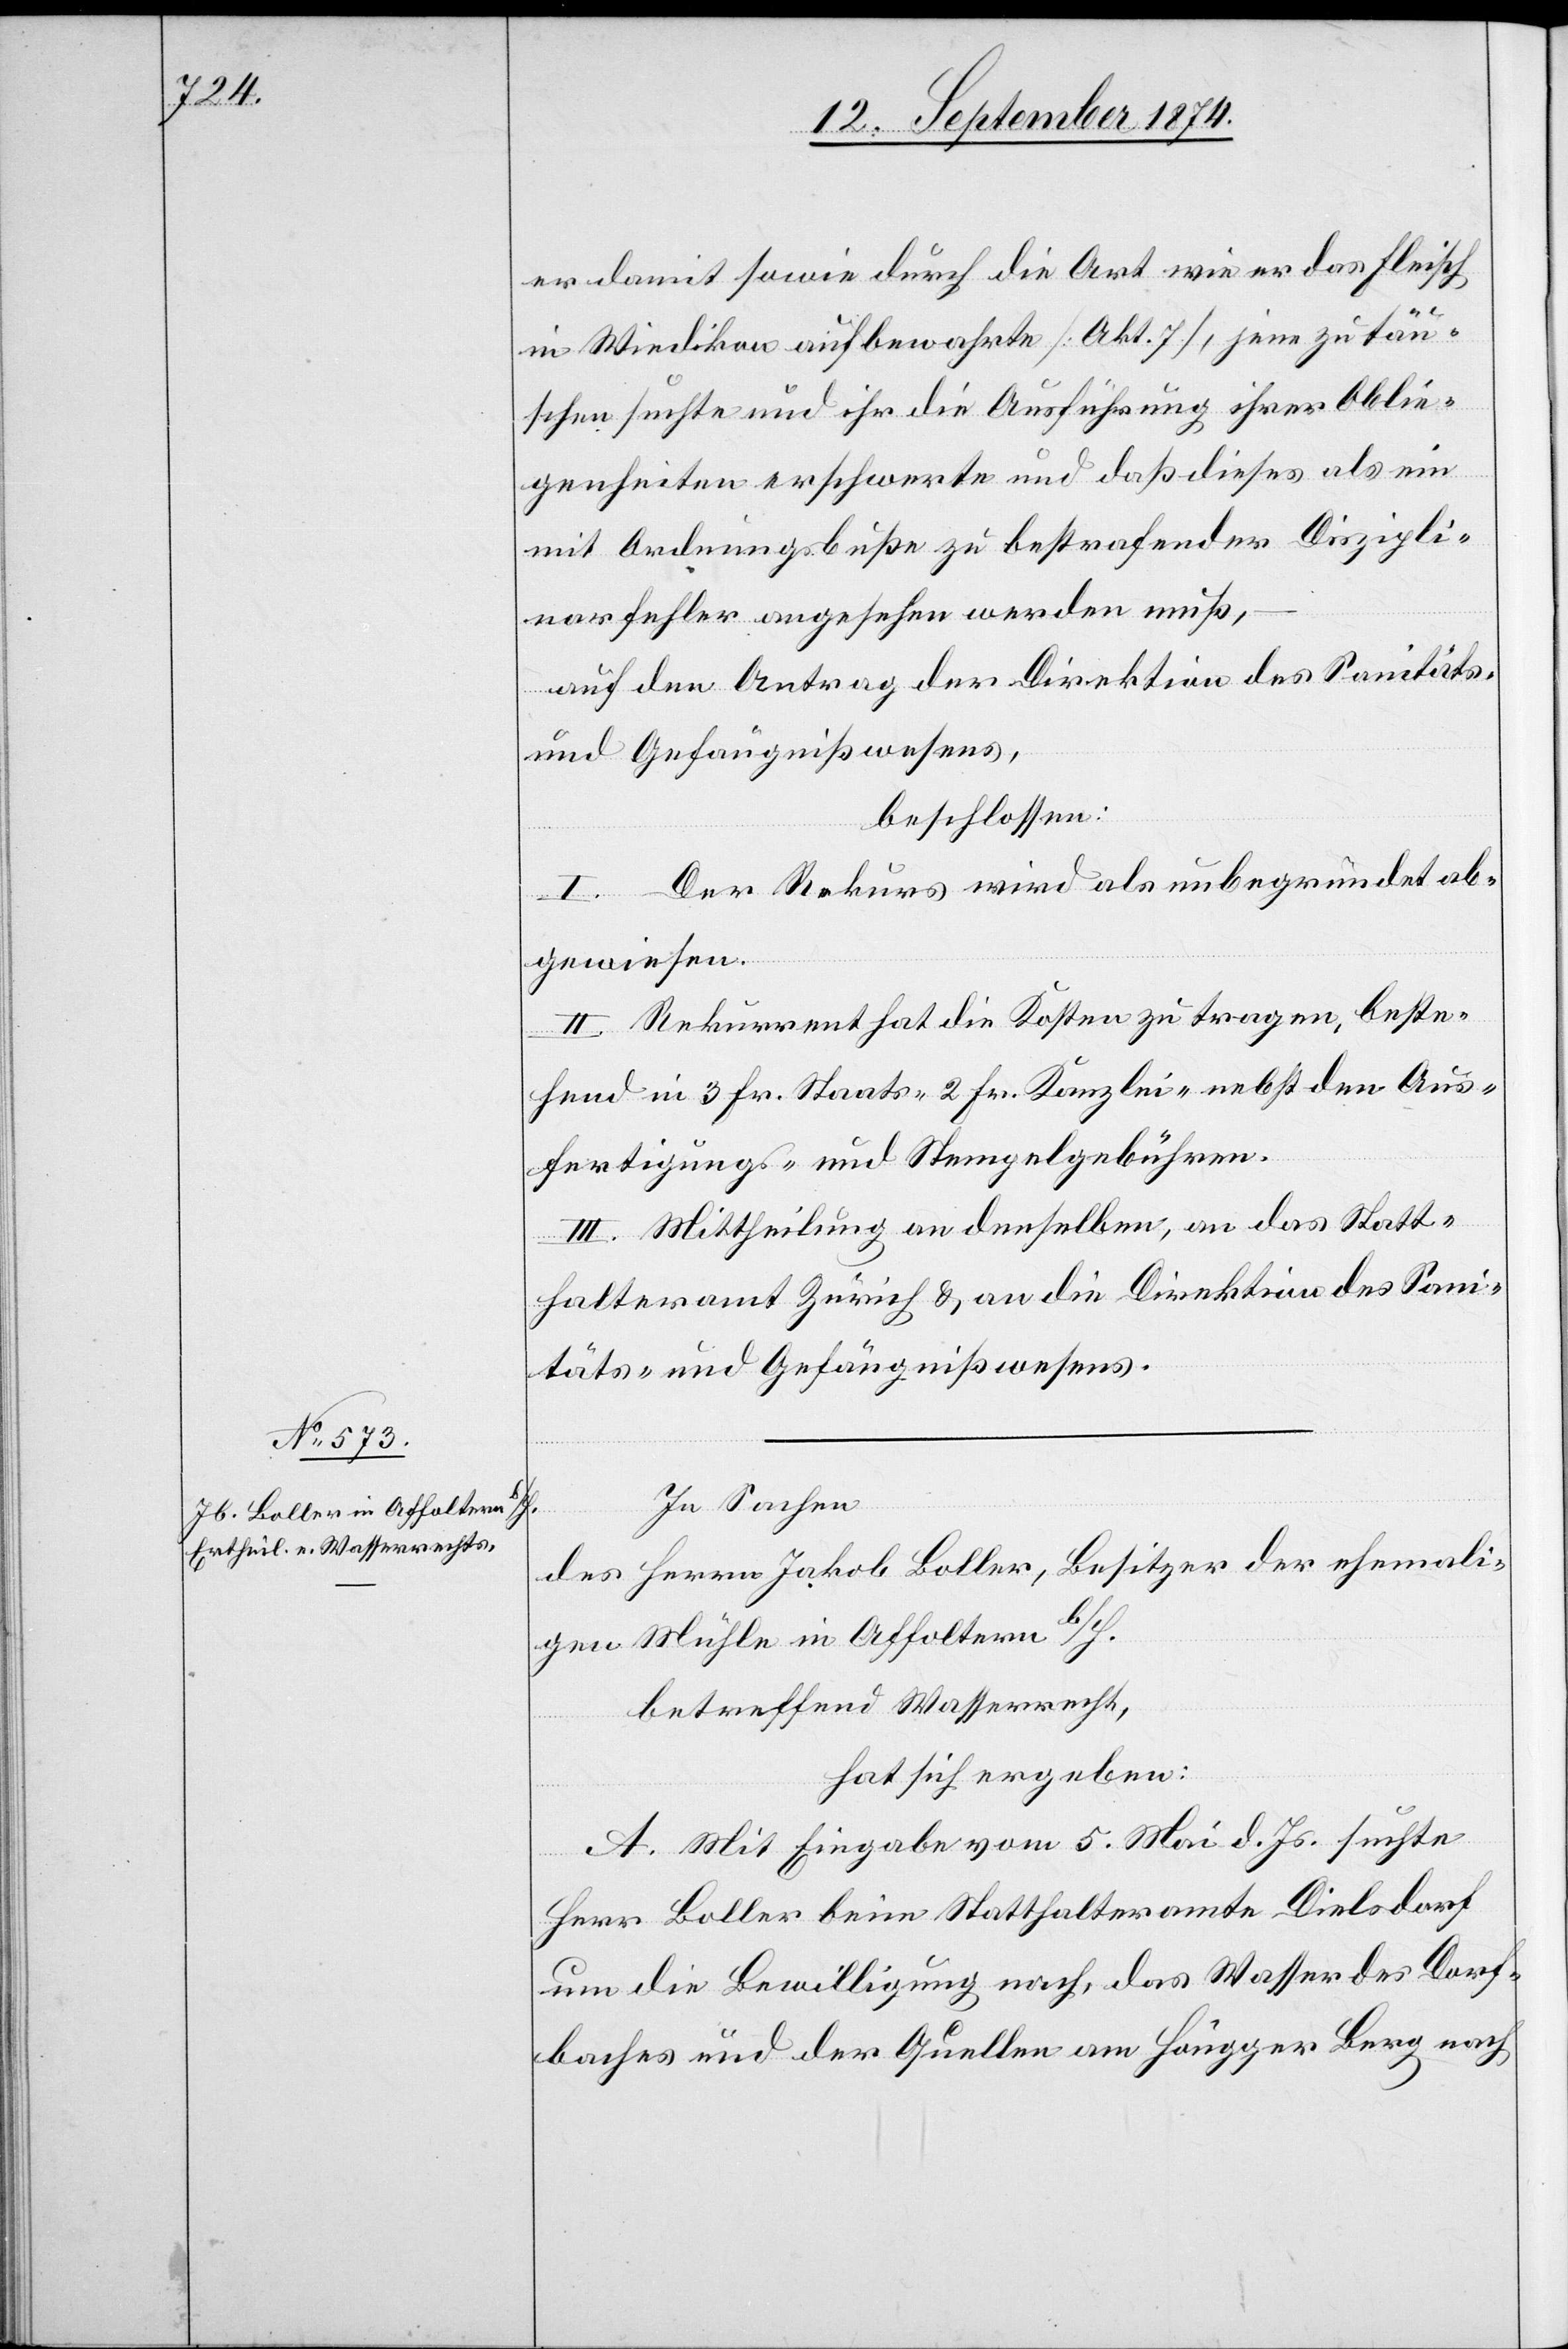
er damit sowie durch die Art wie er das Fleisch
in Wiedikon aufbewahrte [Akt. 7], jene zu täu¬
schen suchte und ihr die Ausführung ihrer Oblie¬
genheiten erschwerte und daß dieses als ein
mit Ordnungsbuße zu bestrafender Diszipli¬
narfehler angesehen werden muß,
auf den Antrag der Direktion des Sanitäts-
und Gefängnißwesens,
beschlossen:
I. Der Rekurs wird als unbegründet ab¬
gewiesen.
II. Rekurrent hat die Kosten zu tragen, beste¬
hend in 3 Fr. Staats-[,] 2 Fr. Kanzlei- nebst den Aus¬
fertigungs- und Stempelgebühren.
III. Mittheilung an denselben, an das Statt¬
halteramt Zürich & an die Direktion des Sani¬
täts- und Gefängnißwesens.
In Sachen
des Herrn Jakob Boller, Besitzer der ehemali¬
gen Mühle in Affoltern b/H.
betreffend Wasserrecht,
hat sich ergeben:
A. Mit Eingabe vom 5. Mai d. Js. suchte
Herr Boller beim Statthalteramte Dielsdorf
um die Bewilligung nach, das Wasser des Dorf¬
baches und der Quellen am Höngger Berg nach